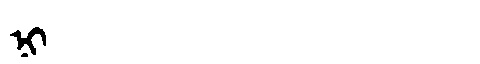
Manchu: ᠨᡳ
Romanization: NI